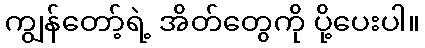
ကျွန်တော့်ရဲ့ အိတ်တွေကို ပို့ပေးပါ။